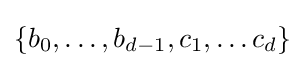
\left\{b_{0},\ldots ,b_{d-1},c_{1},\ldots c_{d}\right\}